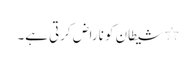
٭ شیطان کو ناراض کرتی ہے۔